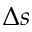
\Delta s